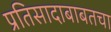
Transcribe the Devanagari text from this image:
प्रतिसादाबाबतचा